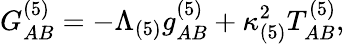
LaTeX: G_{AB}^{(5)}=-\Lambda_{(5)}g_{AB}^{(5)}+\kappa_{(5)}^{2}T_{AB}^{(5)},